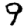
Digit: 9